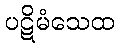
ပဋိမံသေထ